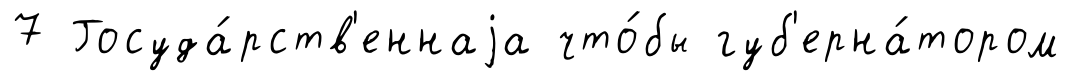
7 Госуда́рств'еннаjа что́бы губ'ерна́тором